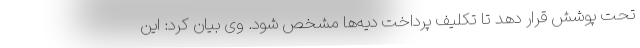
تحت پوشش قرار دهد تا تکلیف پرداخت دیه‌ها مشخص شود. وی بیان کرد: این